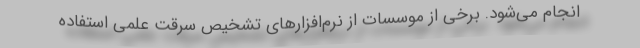
انجام می‌شود. برخی از موسسات از نرم‌افزارهای تشخیص سرقت علمی استفاده